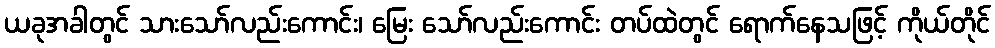
ယခုအခါတွင် သားသော်လည်းကောင်း၊ မြေး သော်လည်းကောင်း တပ်ထဲတွင် ရောက်နေသဖြင့် ကိုယ်တိုင်